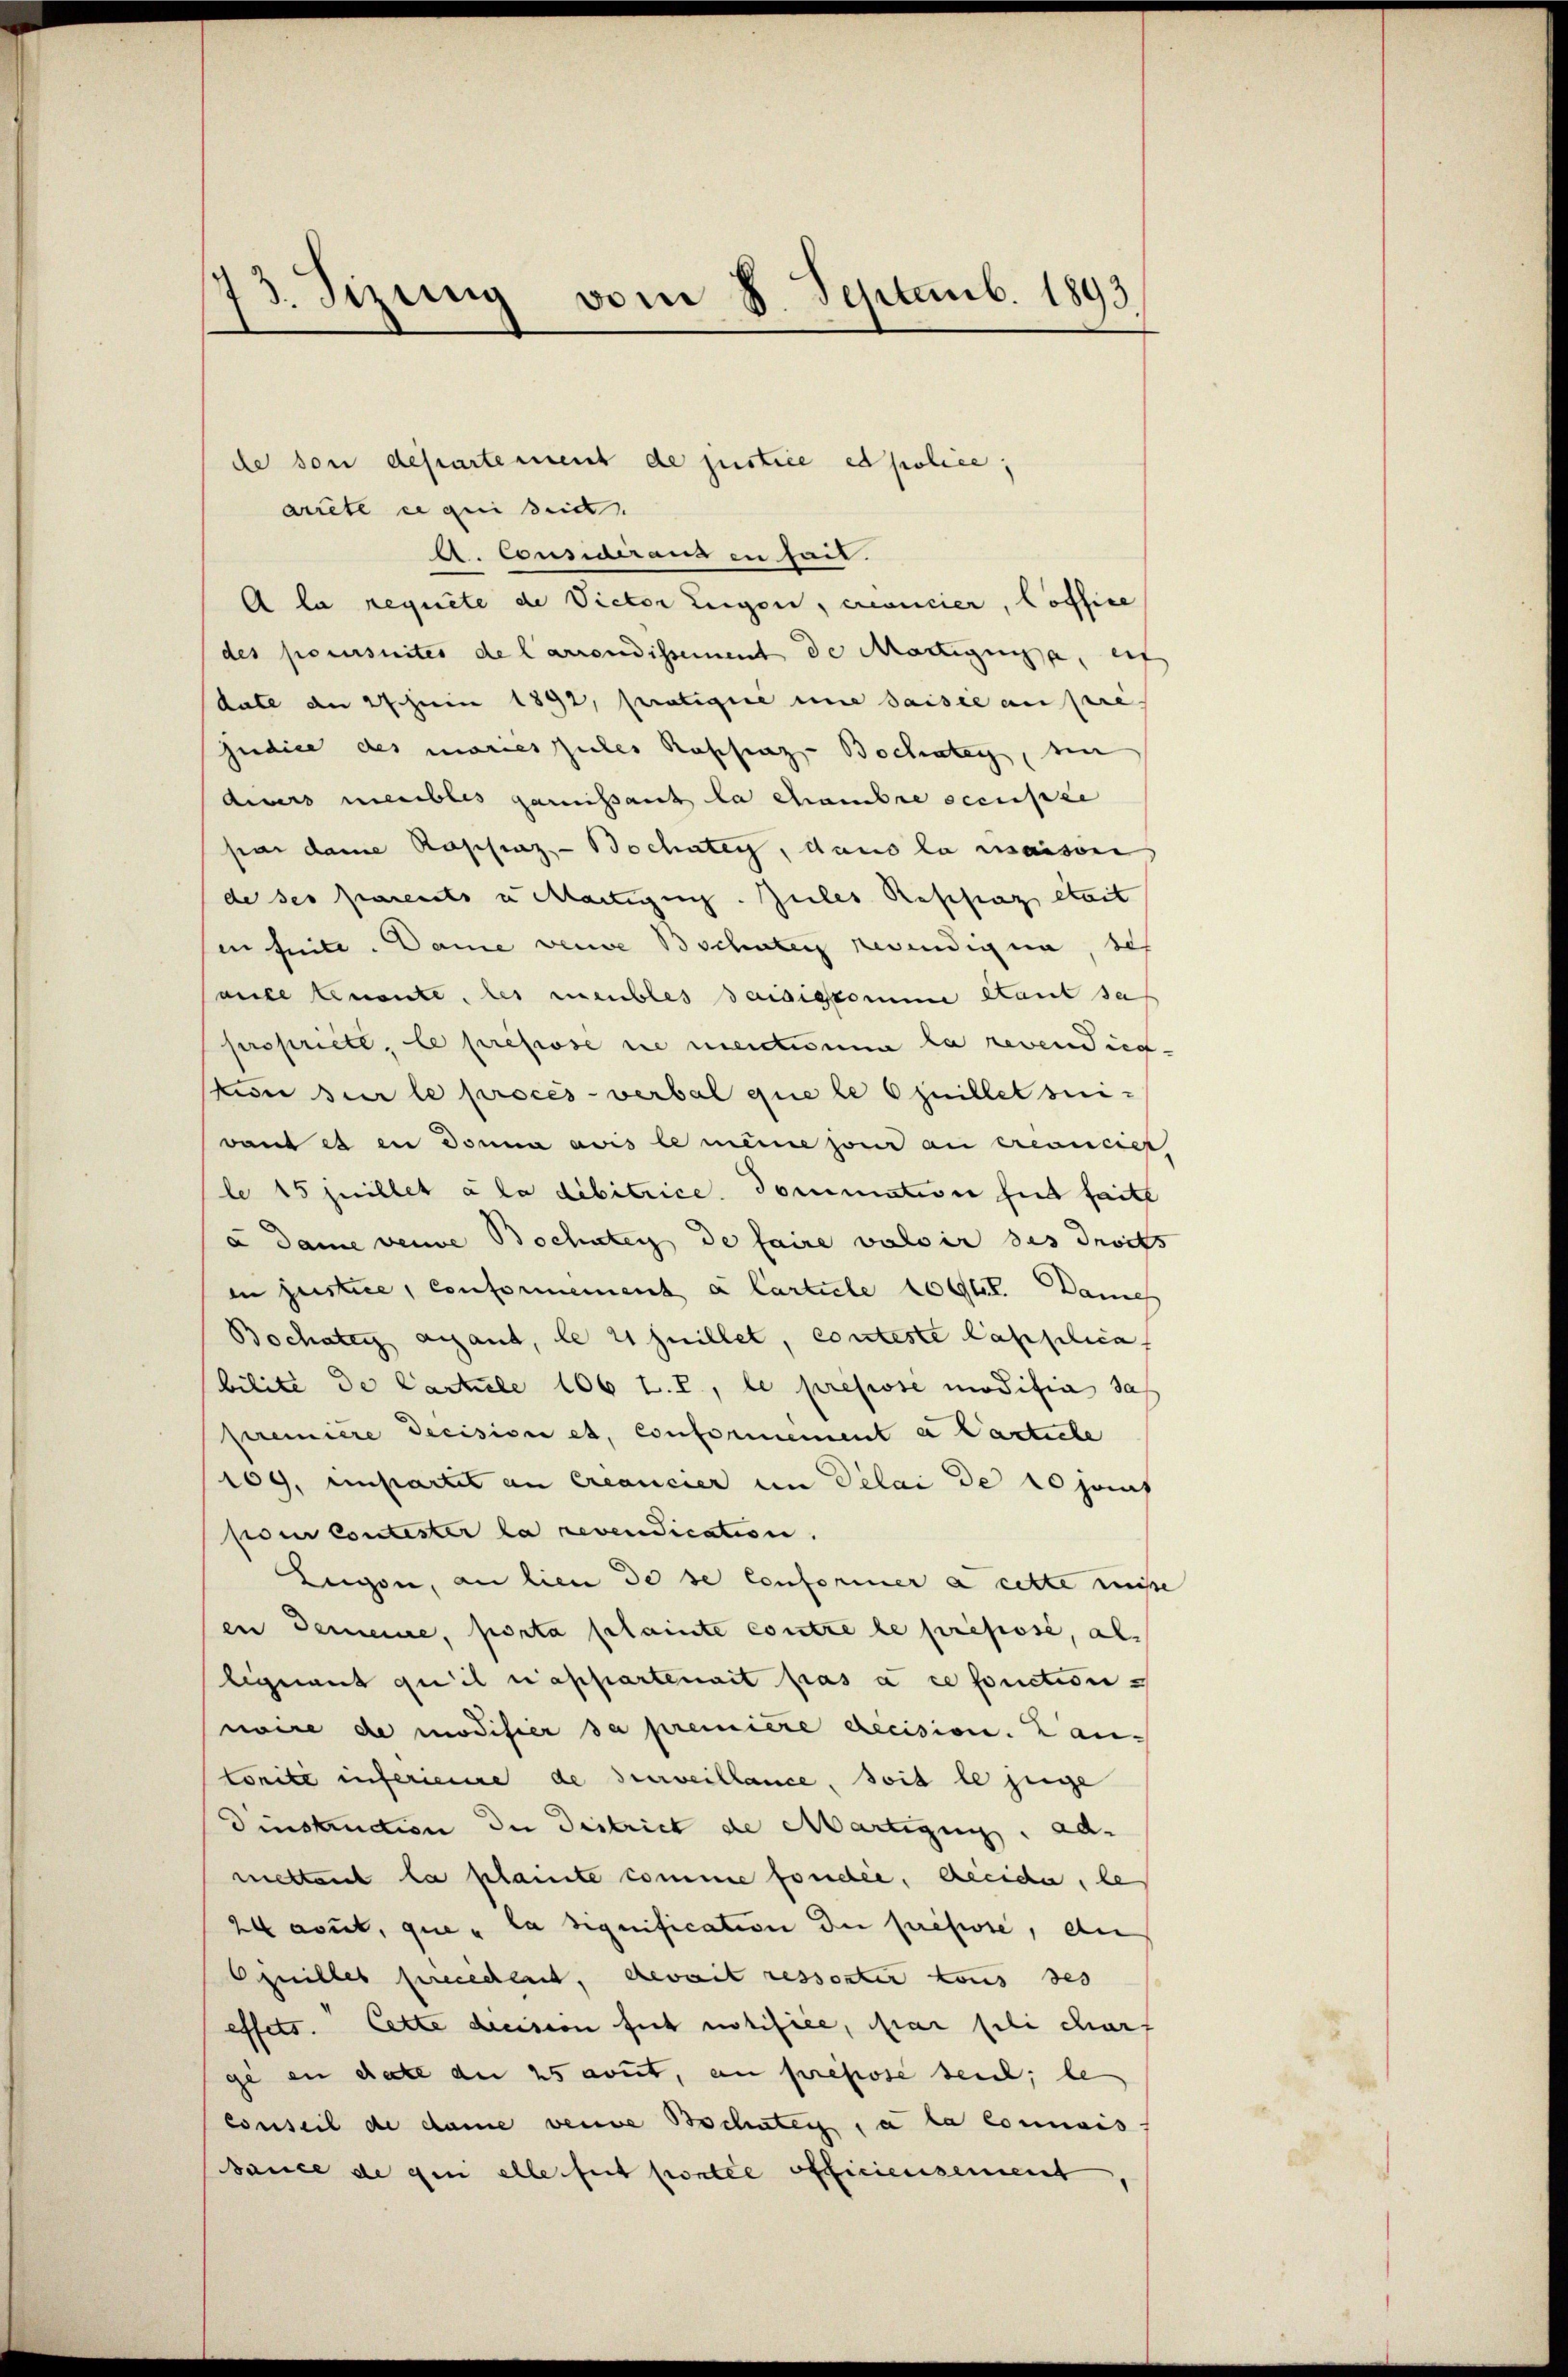
173. Sizung vom 8. Septemb. 1893

arrete ce qui seid
A. Consideraus in heit.
A la requiete de Victor Eugen, ereducier, Coffice
des poursuites de Carrondissement de Martigunge, erf
date an schein 1892, pratigie une saisie au pre-
judice des mariespieles Rassung- Bochaten, sin
disers meubles garnissant la chambre occupie
par dame Rapsinz- Bochaten, dans la maison
de ses parents u Startigung. Zules Reschlag etat
senheite. Dame veuve Bschneten gewendigen, des
aufe benante, les meubles saisigkomme Kant das
propriete, le présose nie medium la revendigtion sur le procès-verbal que le Czuillet seivant es in donna avis le meine jour an treancier
le 15 juillet a la dibitrice dommation hat faite
a Dame eine Bochaten de faire valoir des droits
in justice, conformement a Carticle 100fr. Dane
Bochaten aigant, le 21 Juillet, conteste lasschica
bilité de Carticle 106 t. P., le pressse modifie das
première decision et, conformement a Particle
109, unpartes an créancier im Delai de 10 janf
pour contester la revendication
Eugen, an lien de se conformer a cette wisse
en Gemeine, porta plainte contre le préposé, als
liquant qu’il n’appartenait pas à ce fonctionnoire de modifier da première decision. Lan-
Conité inferieure de surveillance, soit le juge
Dinstruction der District de Martigung. admettant la plainte comme fonder, decida, le
24avit, que la signification der presse, die
quilles precedent, devait ressorter tous des
effets. Cette decision fut notifice, par fili charf
ge en date der 25 avut, an presse seit; le
conseil de dame verne Bochsten, a la connais
sauce de que elle fut portie officiersement

de von departement de justice et police,